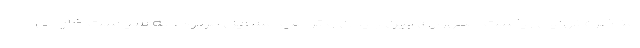
مناظره نهایی ریاست جمهوری بین بایدن و ترامپ مسایل مربوط به سیاست خارجی